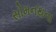
સોમનથના